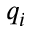
q _ { i }